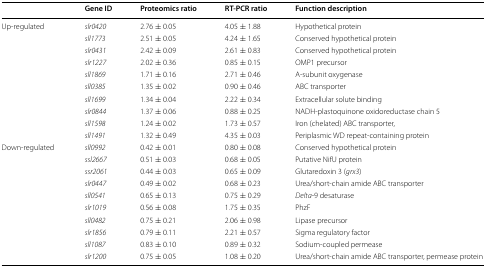
<table><thead><tr><td></td><td><b>Gene ID</b></td><td><b>Proteomics ratio</b></td><td><b>RT-PCR ratio</b></td><td><b>Function description</b></td></tr></thead><tbody><tr><td rowspan="10">Up-regulated</td><td><i>slr0420</i></td><td>2.76 ± 0.05</td><td>4.05 ± 1.88</td><td>Hypothetical protein</td></tr><tr><td><i>sll1773</i></td><td>2.51 ± 0.05</td><td>4.24 ± 1.65</td><td>Conserved hypothetical protein</td></tr><tr><td><i>slr0431</i></td><td>2.42 ± 0.09</td><td>2.61 ± 0.83</td><td>Conserved hypothetical protein</td></tr><tr><td><i>slr1227</i></td><td>2.02 ± 0.36</td><td>0.85 ± 0.15</td><td>OMP1 precursor</td></tr><tr><td><i>sll1869</i></td><td>1.71 ± 0.16</td><td>2.71 ± 0.46</td><td>A-subunit oxygenase</td></tr><tr><td><i>sll0385</i></td><td>1.35 ± 0.02</td><td>0.90 ± 0.46</td><td>ABC transporter</td></tr><tr><td><i>sll1699</i></td><td>1.34 ± 0.04</td><td>2.22 ± 0.34</td><td>Extracellular solute binding</td></tr><tr><td><i>slr0844</i></td><td>1.37 ± 0.06</td><td>0.88 ± 0.25</td><td>NADH-plastoquinone oxidoreductase chain 5</td></tr><tr><td><i>sll1598</i></td><td>1.24 ± 0.02</td><td>1.73 ± 0.57</td><td>Iron (chelated) ABC transporter,</td></tr><tr><td><i>sll1491</i></td><td>1.32 ± 0.49</td><td>4.35 ± 0.03</td><td>Periplasmic WD repeat-containing protein</td></tr><tr><td rowspan="10">Down-regulated</td><td><i>sll0992</i></td><td>0.42 ± 0.01</td><td>0.80 ± 0.08</td><td>Conserved hypothetical protein</td></tr><tr><td><i>ssl2667</i></td><td>0.51 ± 0.03</td><td>0.68 ± 0.05</td><td>Putative NifU protein</td></tr><tr><td><i>ssr2061</i></td><td>0.44 ± 0.03</td><td>0.65 ± 0.09</td><td>Glutaredoxin 3 (<i>grx3</i>)</td></tr><tr><td><i>slr0447</i></td><td>0.49 ± 0.02</td><td>0.68 ± 0.23</td><td>Urea/short-chain amide ABC transporter</td></tr><tr><td><i>sll0541</i></td><td>0.65 ± 0.13</td><td>0.75 ± 0.29</td><td><i>Delta</i>-9 desaturase</td></tr><tr><td><i>slr1019</i></td><td>0.56 ± 0.08</td><td>1.75 ± 0.35</td><td>PhzF</td></tr><tr><td><i>sll0482</i></td><td>0.75 ± 0.21</td><td>2.06 ± 0.98</td><td>Lipase precursor</td></tr><tr><td><i>slr1856</i></td><td>0.79 ± 0.11</td><td>2.21 ± 0.57</td><td>Sigma regulatory factor</td></tr><tr><td><i>sll1087</i></td><td>0.83 ± 0.10</td><td>0.89 ± 0.32</td><td>Sodium-coupled permease</td></tr><tr><td><i>slr1200</i></td><td>0.75 ± 0.05</td><td>1.08 ± 0.20</td><td>Urea/short-chain amide ABC transporter, permease protein</td></tr></tbody></table>